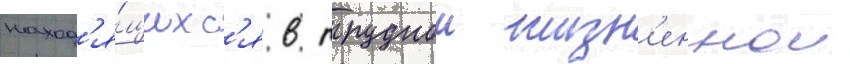
наход'я́щихс'я в труднои жизн'еннои